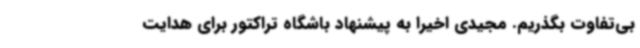
بی‌تفاوت بگذریم. مجیدی اخیرا به پیشنهاد باشگاه تراکتور برای هدایت